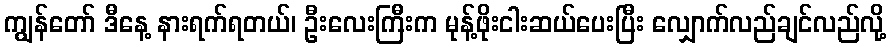
ကျွန်တော် ဒီနေ့ နားရက်ရတယ်၊ ဦးလေးကြီးက မုန့်ဖိုးငါးဆယ်ပေးပြီး လျှောက်လည်ချင်လည်လို့